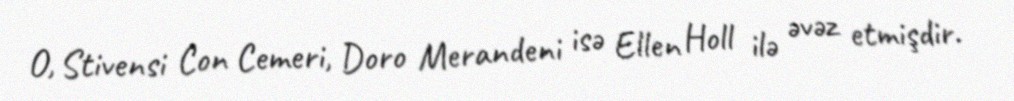
O, Stivensi Con Cemeri, Doro Merandeni isə Ellen Holl ilə əvəz etmişdir.